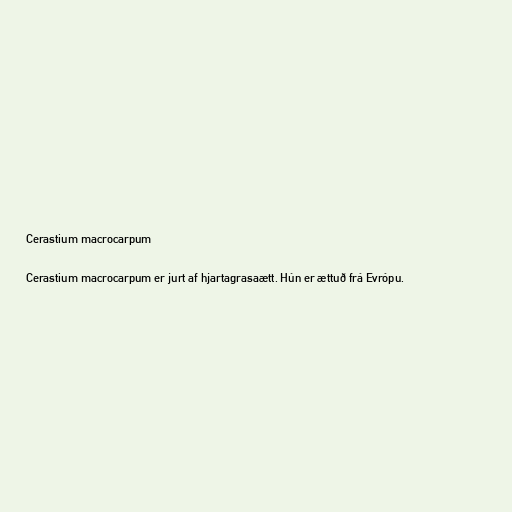
Cerastium macrocarpum

Cerastium macrocarpum er jurt af hjartagrasaætt. Hún er ættuð frá Evrópu.